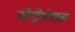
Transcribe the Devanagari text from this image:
नोंदीलेखक